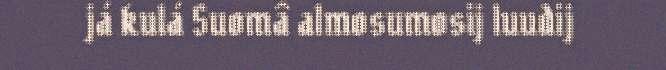
já kulá Suomâ almosumosij luudij